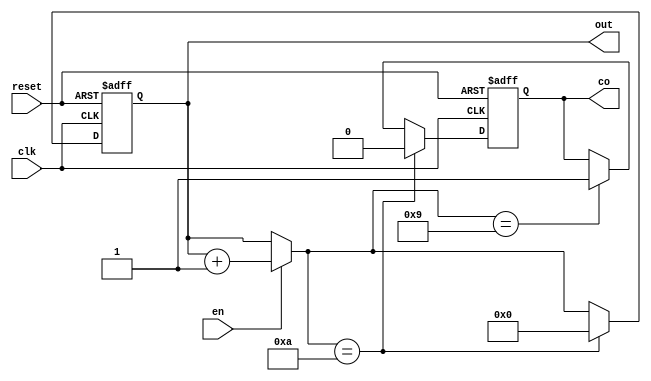
`timescale 1ns / 10ps
module bcd_counter(reset, clk, en, co, out);
	output [3:0]out;
	output co;
	input clk, reset, en;
	reg [3:0]out;
	reg co;
	wire [3:0]tmp_out;
	initial begin
		co <= 0;
	end
	
	always @ (posedge clk or negedge reset) begin
		if (!reset) begin
			co <= 0;
			out <= 0;
		end
		else if (tmp_out == 10) begin
			out <= 0;
			co <= 0;
		end
		else if (tmp_out == 9) begin
			co <= 1;
			out <= tmp_out;
		end
		else begin
			out <= tmp_out;
		end
	end
	assign tmp_out = (en)?(out + 1):(out);
	/*
	initial begin
		co <= 0;
	end
	
	always @ (posedge clk) begin
		if (!reset) begin
			co <= 1'b0;
			out <= 4'b0000;
		end //end of if (!reset)
		else if (en) begin
			out <= out + 4'b0001;
		end //end of else if (en)
		
		if (out == 4'b1000) begin
			co <= 1'b1;
		end //end of if (out == 8)
		else begin
			if (out == 4'b1001) begin
				out <= 1'b0;
			end //end of if (out == 9)
			co <= 1'b0;
		end //end of else
	end //end of always
	*/
endmodule